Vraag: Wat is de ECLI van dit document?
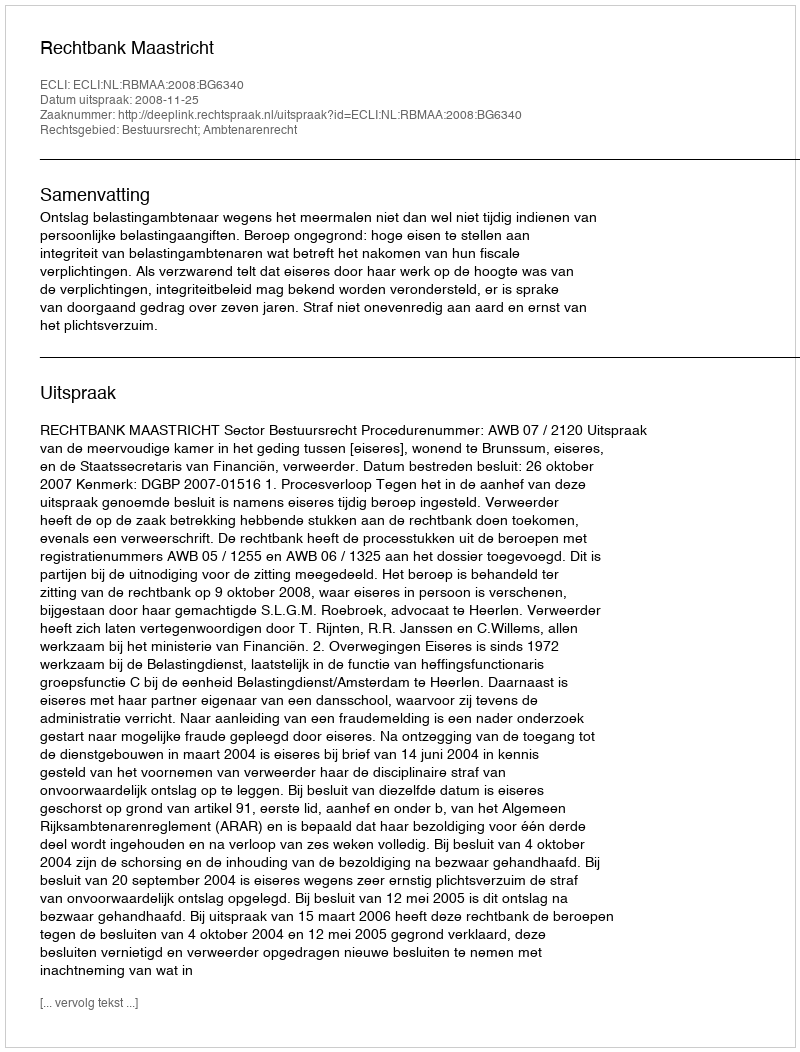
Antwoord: ECLI:NL:RBMAA:2008:BG6340